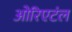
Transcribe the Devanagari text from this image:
ओरिएटंल